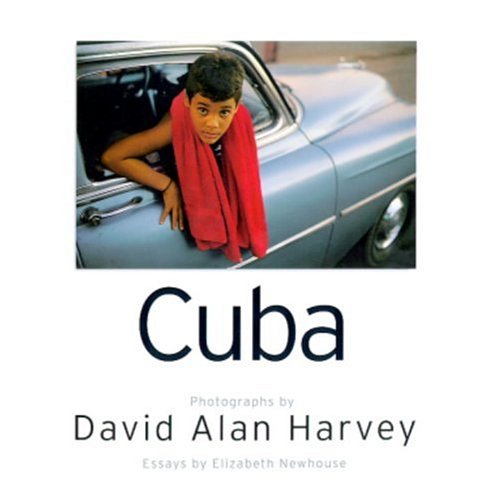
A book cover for Cuba: Island at a Crossroad; Travel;